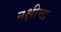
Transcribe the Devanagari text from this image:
नक्षीचा